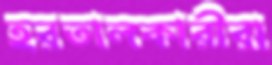
হরতালকারীরা